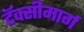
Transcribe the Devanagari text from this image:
टॅक्सीमार्ग